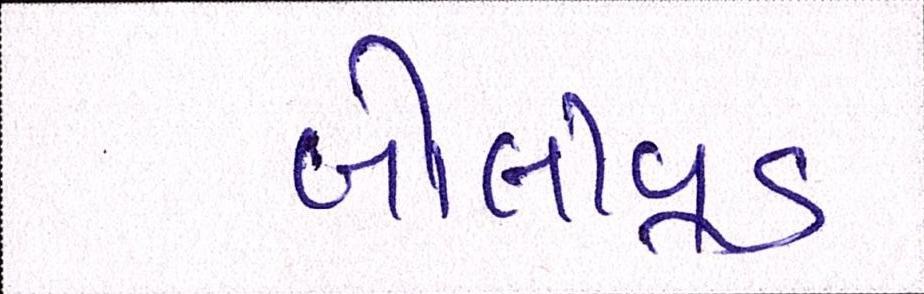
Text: બૉલીવૂડ